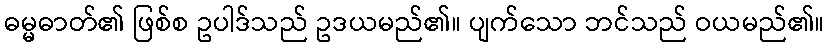
ဓမ္မဓာတ်၏ ဖြစ်စ ဥပါဒ်သည် ဥဒယမည်၏။ ပျက်သော ဘင်သည် ဝယမည်၏။